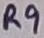
Text: R9